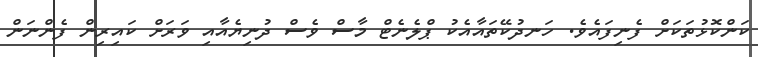
ކަންކޮޅުތަކަށް ފެނިފައެވެ. ހަނދުކޭތައާއެކު ޕްލެނެޓް މާސް ވެސް ދުނިޔެއާއި ވަރަށް ކައިރިން ފެންނަން